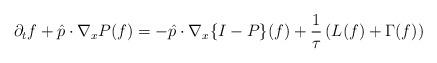
LaTeX: \begin{align*}\partial_t f+\hat{p}\cdot\nabla_x P(f)=-\hat{p}\cdot\nabla_x\{I-P\}(f)+\frac{1}{\tau}\left(L(f)+ \Gamma(f) \right)\end{align*}